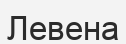
Левена